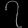
Digit: ၇